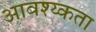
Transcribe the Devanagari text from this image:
आवश्य्कता